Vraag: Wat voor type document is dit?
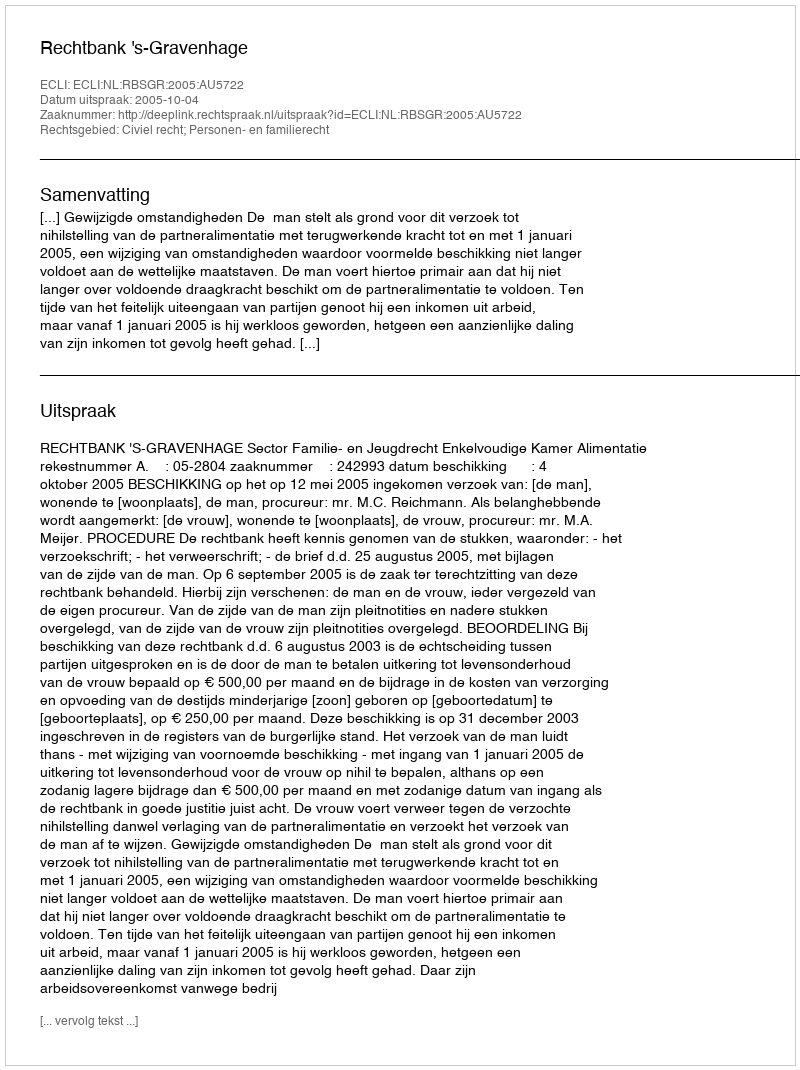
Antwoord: Uitspraak